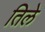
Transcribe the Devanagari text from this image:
तिले